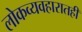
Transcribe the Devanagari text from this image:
लोकव्यवहारातही